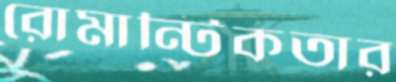
রোমান্টিকতার